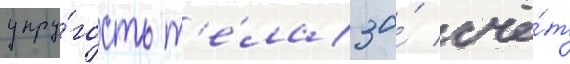
упру́гость т'е́ла за́ счё́т